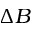
\Delta B